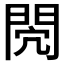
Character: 𨳻